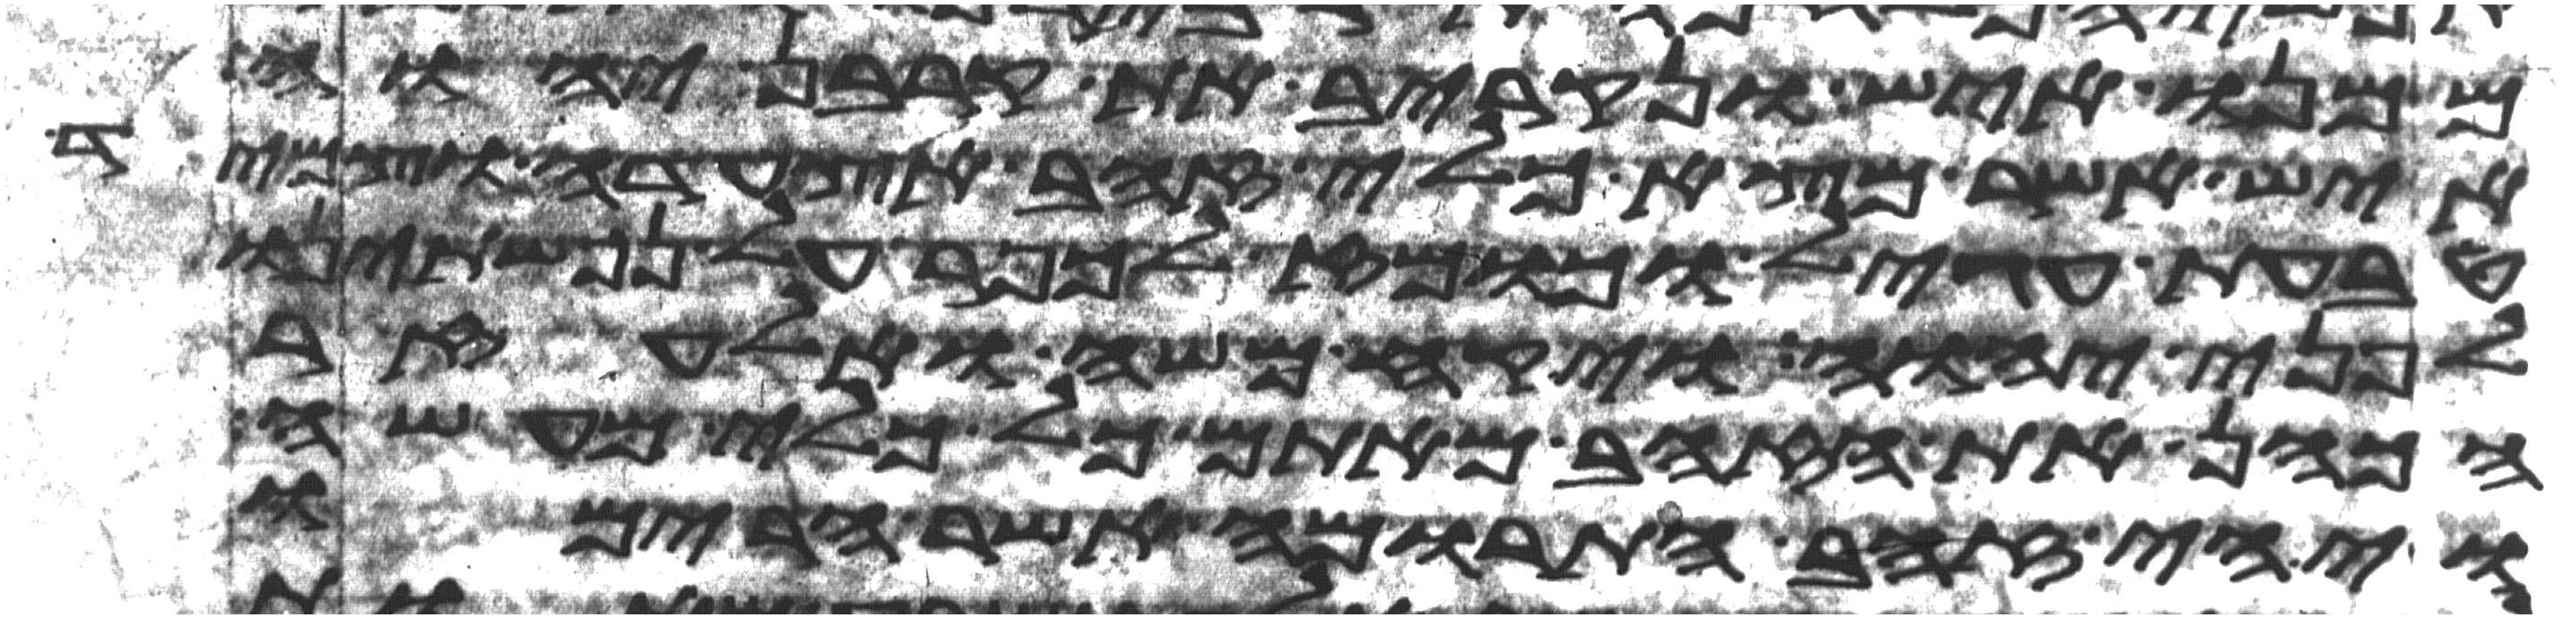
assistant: ממנו איש ונקריב את קרבן יהוה
איש אשר מצא כלי זהב אצעדה וצמיד
טבעת עגיל וכומז לכפר על נפשתינו
לפני יהוה ויקח משה ואלעזר
הכהן את הזהב מאתם כל כלי מעשה
ויהי זהב התרומה אשר הרימו